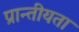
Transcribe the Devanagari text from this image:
प्रान्तीयता